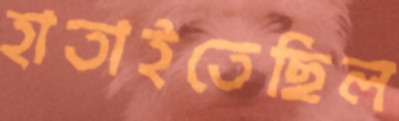
হাতাইতেছিল